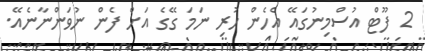
2 ފޫޓް އުސްމިނުގައޭ އެހެން ހުރި ނަމަ ގޭގެ އަށް ފެން ނުވަންނާނެއޭ.